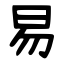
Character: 易